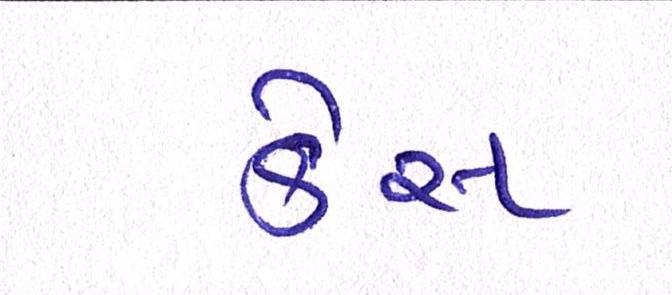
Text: કેસ